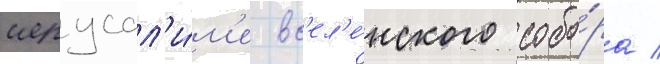
иерусал'и́м'е вс'ел'е́нского собо́ра /